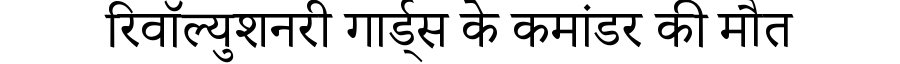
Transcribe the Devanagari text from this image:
रिवॉल्युशनरी गार्ड्स के कमांडर की मौत